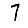
Digit: 7